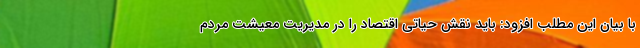
با بیان این مطلب افزود: باید نقش حیاتی اقتصاد را در مدیریت معیشت مردم